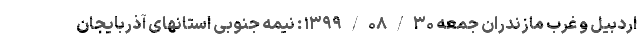
اردبیل و غرب مازندران جمعه ۱۳۹۹/۰۸/۳۰ : نیمه جنوبی استانهای آذربایجان